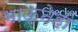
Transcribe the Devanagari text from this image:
भाऊनेही